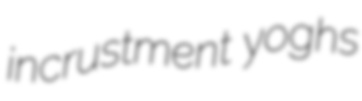
incrustment yoghs